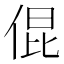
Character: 倱